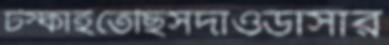
টস্‌কাইতেছিসদাওডাসার